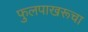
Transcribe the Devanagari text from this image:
फुलपाखरूचा